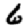
Digit: 6